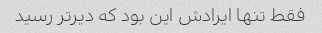
فقط تنها ایرادش این بود که دیرتر رسید